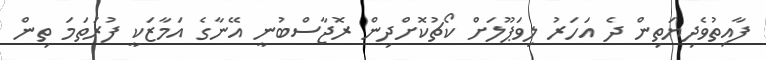
ފާއިތުވެދިޔަތިން ދެ އަހަރު ލިވަޕޫލަށް ކޯޗުކޮށްދިން ރޮޖާސްބުނީ އޭނާގެ އަމާޒަކީ ފުރަތަމަ ތިން